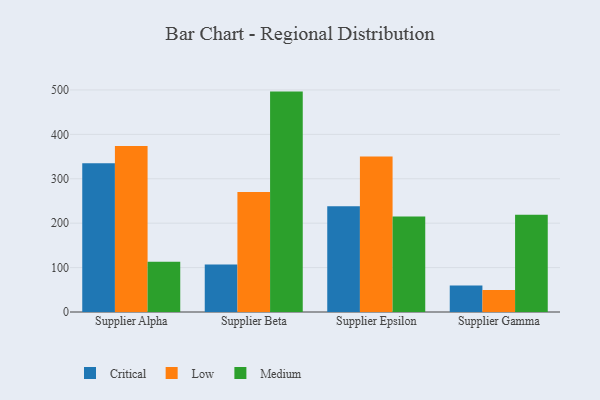
{"axis": {"x": "Supplier", "y": "Operating Costs (USD K)"}, "legend": ["Critical", "Low", "Medium"], "data": [{"x": "Supplier Alpha", "y": 334.9, "type": "Critical"}, {"x": "Supplier Alpha", "y": 374.0, "type": "Low"}, {"x": "Supplier Alpha", "y": 113.3, "type": "Medium"}, {"x": "Supplier Beta", "y": 106.7, "type": "Critical"}, {"x": "Supplier Beta", "y": 270.1, "type": "Low"}, {"x": "Supplier Beta", "y": 496.3, "type": "Medium"}, {"x": "Supplier Epsilon", "y": 238.4, "type": "Critical"}, {"x": "Supplier Epsilon", "y": 350.2, "type": "Low"}, {"x": "Supplier Epsilon", "y": 215.2, "type": "Medium"}, {"x": "Supplier Gamma", "y": 59.8, "type": "Critical"}, {"x": "Supplier Gamma", "y": 49.5, "type": "Low"}, {"x": "Supplier Gamma", "y": 219.1, "type": "Medium"}]}